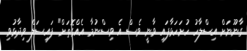
ގާނޫނަށް އިސްލާހު ހުށަހަޅާފައި ވާނީ ވެސް އެ ވިސްނުމާ އެއްގޮތަށް" ފައިސަލް ވިދާޅުވި